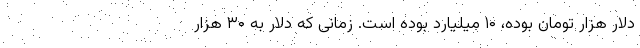
دلار هزار تومان بوده، ۱۰ میلیارد بوده است. زمانی که دلار به ۳۰ هزار